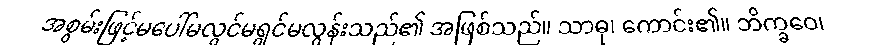
အစွမ်းဖြင့်မပေါ်မလွင်မရွင်မလွန်းသည်၏ အဖြစ်သည်။ သာဓု၊ ကောင်း၏။ ဘိက္ခဝေ၊